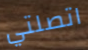
اتصلتي